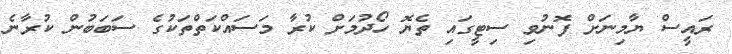
ރައީސް ޔާމިނަށް ފޮނުވި ސިޓީގައި ތެޔޮ ހޯދުމަށް ކުރާ މަސައްކަތްތަކުގެ ސަބަބުން ކުރާނެ